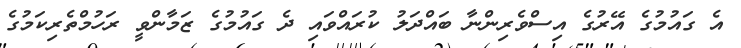
އެ ގައުމުގެ އޭރުގެ އިސްވެރިންނާ ބައްދަލު ކުރައްވައި ދެ ގައުމުގެ ޒަމާންވީ ރަހުމްތެރިކަމުގެ